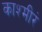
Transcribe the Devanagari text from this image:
काश्मीरं